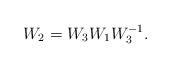
LaTeX: \begin{align*}W_2=W_3 W_1 W^{-1}_3.\end{align*}